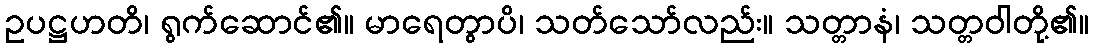
ဥပဋ္ဌဟတိ၊ ရွက်ဆောင်၏။ မာရေတွာပိ၊ သတ်သော်လည်း။ သတ္တာနံ၊ သတ္တဝါတို့၏။